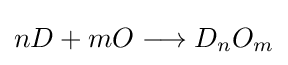
nD+mO\longrightarrow D_{n}O_{m}